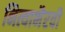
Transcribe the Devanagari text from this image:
नित्याभैरवी